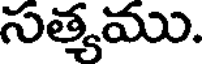
సత్యము.